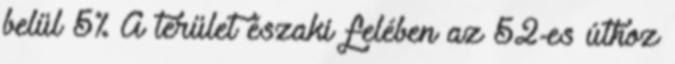
belül 5% A terület északi felében az 52-es úthoz